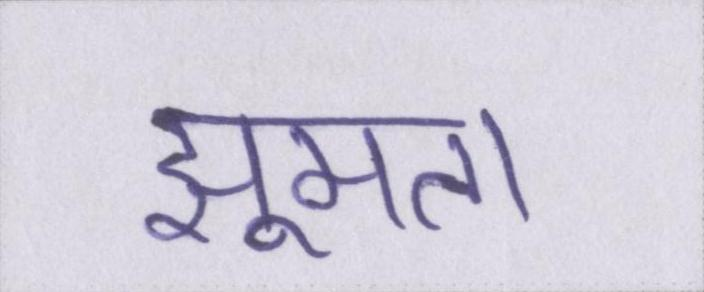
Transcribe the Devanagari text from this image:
झूमता